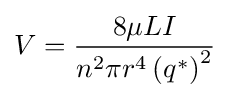
V={\frac {8\mu LI}{n^{2}\pi r^{4}\left(q^{*}\right)^{2}}}